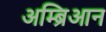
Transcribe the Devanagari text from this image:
अम्ब्रिआन